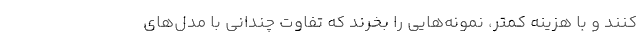
کنند و با هزینه کمتر، نمونه‌هایی را بخرند که تفاوت چندانی با مدل‌های